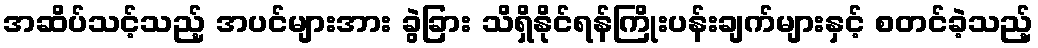
အဆိပ်သင့်သည့် အပင်များအား ခွဲခြား သိရှိနိုင်ရန်ကြိုးပန်းချက်များနှင့် စတင်ခဲ့သည့်